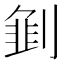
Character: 𱐣